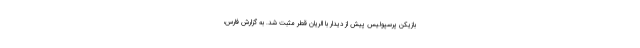
بازیکن پرسپولیس پیش از دیدار با الریان قطر مثبت شد. به گزارش فارس،